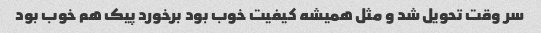
سر وقت تحویل شد و مثل همیشه کیفیت خوب بود برخورد پیک هم خوب بود